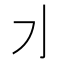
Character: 𰛄